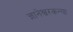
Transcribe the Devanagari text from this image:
ज्ञानेश्वरकन्या